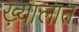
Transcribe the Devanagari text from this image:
ख़्यालात